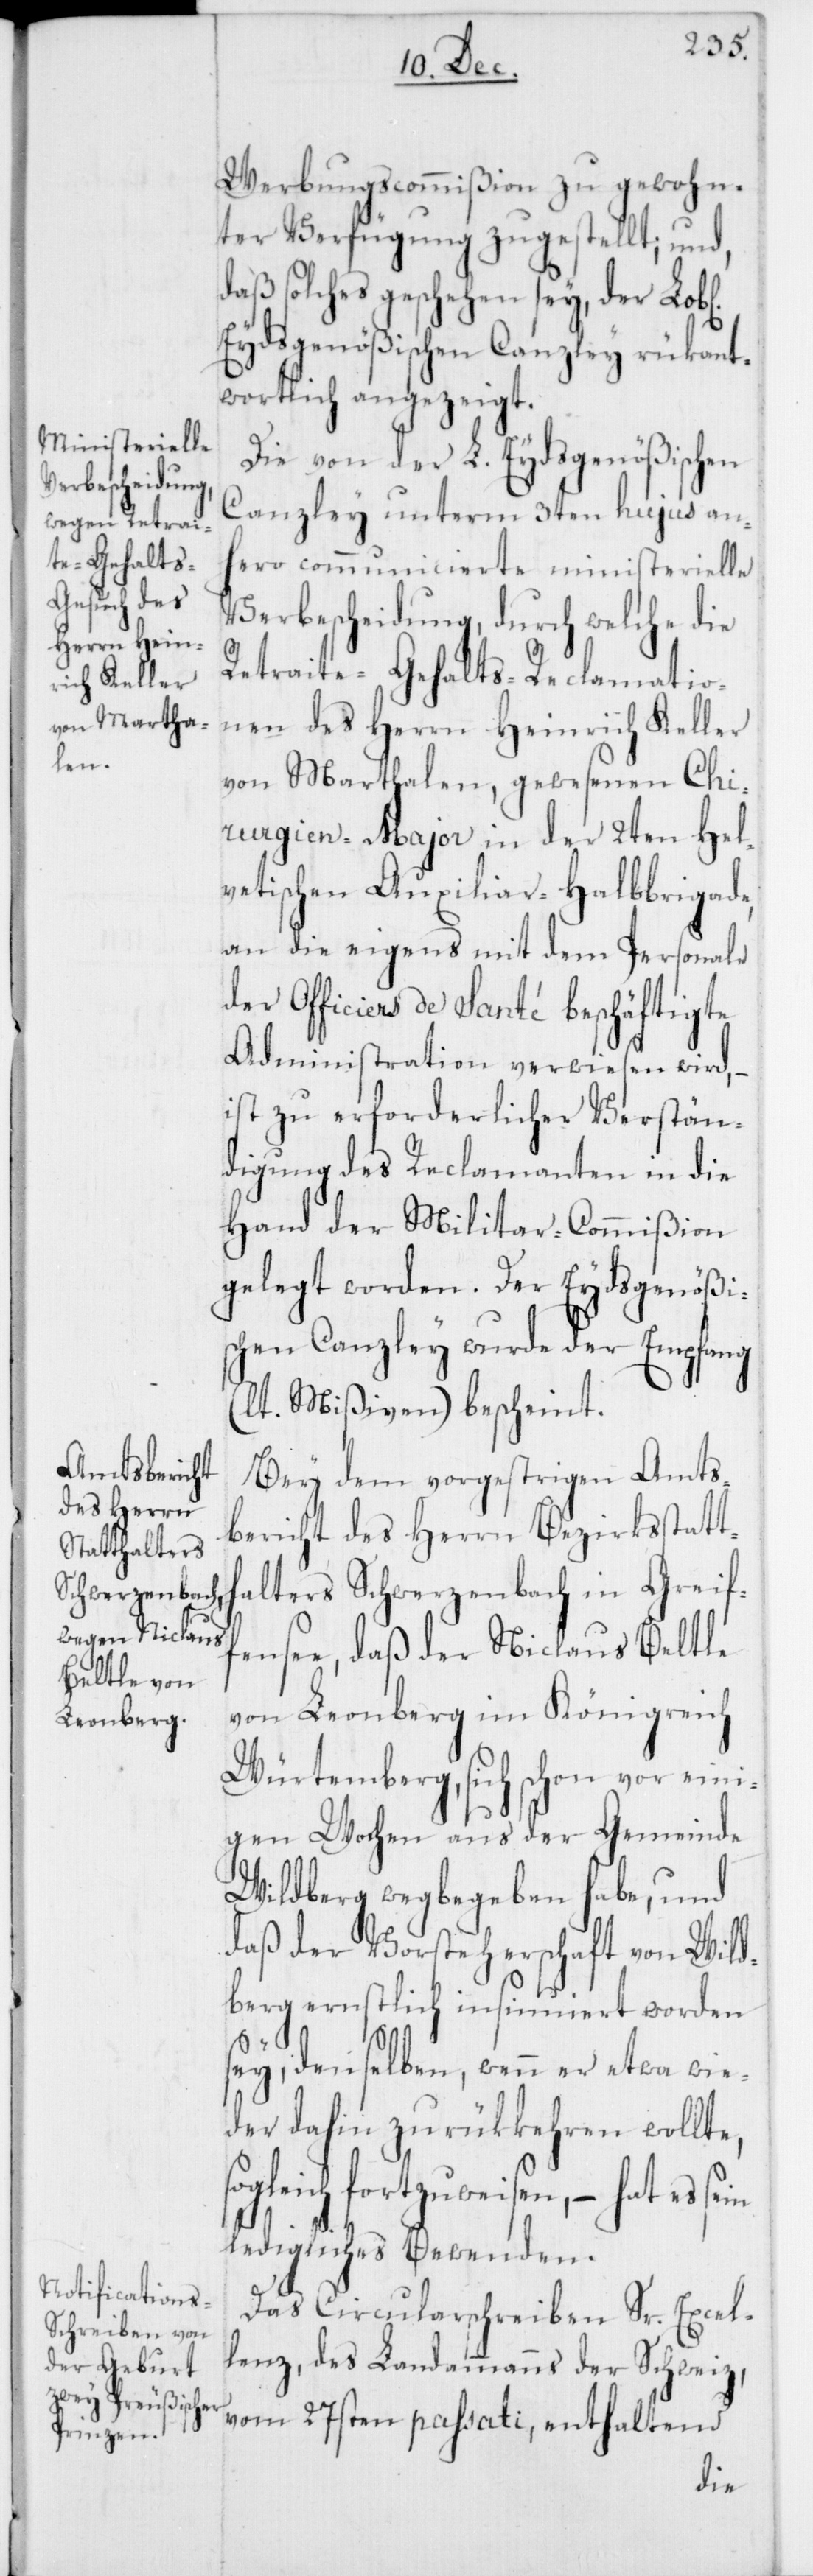
s¬
Werbungscommißion zu gewohn¬
ter Verfügung zugestellt, und,
daß solches geschehen sey, der
Eydsgenößischen Canzley rükant¬
wortlich angezeigt.
Die von der L. Eydsgenößischen
Canzley unterm 3ten hujus an¬
hero communicierte ministerielle
Verbescheidung, durch welche die
Retraite-Gehalts-Reclamatio¬
nen des Herrn Heinrich Keller
von Marthalen, gewesenen Chi¬
rurgien-Major in der 2ten Hel¬
vetischen Auxiliair-Halbbrigade,
an die eigens mit dem Personale
der Officiers de Santé beschäftigte
Administration verwiesen wird, –
ist zu erforderlicher Verstän¬
digung des Reclamanten in die
Hand der Militar-Commißion
gelegt worden. Der Eydsgenößi¬
schen Canzley wurde der Empfang
(lt. Mißiven) bescheint.
Bey dem vorgestrigen Amts¬
bericht des Herrn Bezirksstatt¬
halters Schwerzenbach in Greif¬
fensee, daß der Niclaus Beltle
von Leonberg im Königreich
Würtemberg, sich schon vor eini¬
gen Wochen aus der Gemeinde
Wildberg wegbegeben habe, und
daß der Vorsteherschaft von Wild¬
berg ernstlich insinuiert worden
sey, denselben, wenn er etwa wie¬
der dahin zurükkehren wollte,
ogleich fortzuweisen, – hat es
ledigliches Bewenden.
Das Circularschreiben Sr. Excel¬
lenz, des Landammanns der Schweiz,
vom 27sten passati, enthaltend